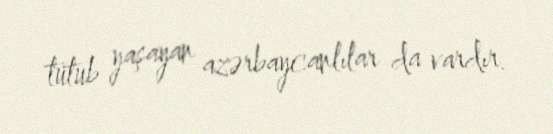
tutub yaşayan azərbaycanlılar da vardır.